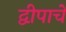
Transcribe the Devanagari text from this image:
द्वीपाचे